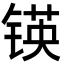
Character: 锳